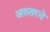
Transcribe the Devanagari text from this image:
अख्तरने